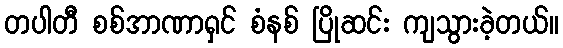
တပါတီ စစ်အာဏာရှင် စံနစ် ပြိုဆင်း ကျသွားခဲ့တယ်။